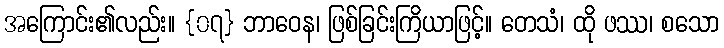
အကြောင်း၏လည်း။ {၀၇} ဘာဝေန၊ ဖြစ်ခြင်းကြိယာဖြင့်။ တေသံ၊ ထို ဖဿ၊ စသော